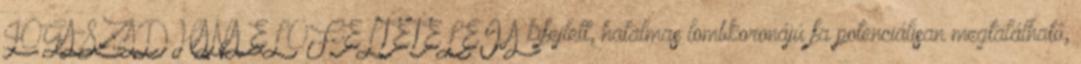
JÓGA-SZÁDHANA ELŐFELTÉTELEI A kifejlett, hatalmas lombkoronájú fa potenciálisan megtalálható,